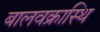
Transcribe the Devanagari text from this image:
बालवक्रास्थि